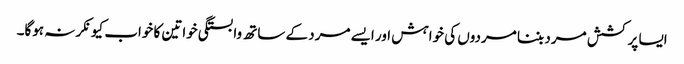
ایسا پرکشش مرد بننا مردوں کی خواہش اور ایسے مرد کے ساتھ وابستگی خواتین کا خواب کیونکر نہ ہوگا۔